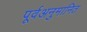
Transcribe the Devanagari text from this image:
पूर्वअनुमानित